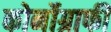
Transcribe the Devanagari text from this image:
कोर्नोग्राफी